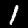
Digit: 1